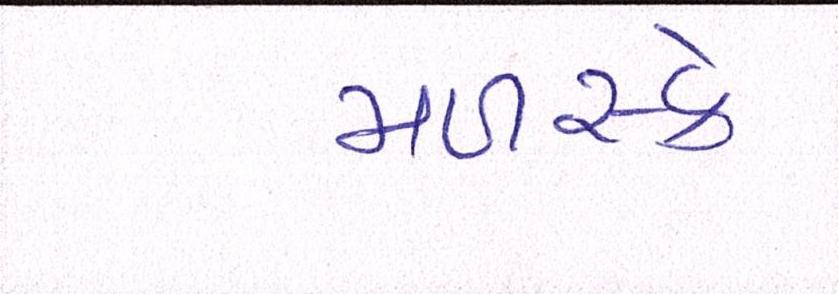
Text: મળસ્કે